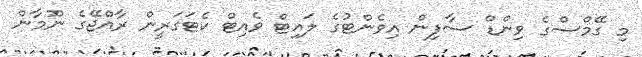
މި ގޭމްސްގެ ވިންޑް ސާފިން އިވެންޓުގެ ލައިޓް ވެއިޓް ކެޓަގަރީން ރާއްޖޭގެ ނޫމާން